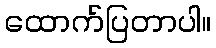
ထောက်ပြတာပါ။